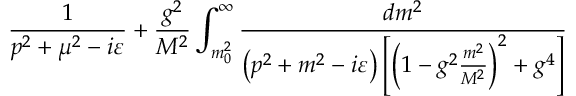
{ \frac { 1 } { p ^ { 2 } + \mu ^ { 2 } - i \varepsilon } } + { \frac { g ^ { 2 } } { M ^ { 2 } } } \int _ { m _ { 0 } ^ { 2 } } ^ { \infty } { \frac { d m ^ { 2 } } { \left( p ^ { 2 } + m ^ { 2 } - i \varepsilon \right) \left[ \left( 1 - g ^ { 2 } { \frac { m ^ { 2 } } { M ^ { 2 } } } \right) ^ { 2 } + g ^ { 4 } \right] } }